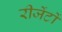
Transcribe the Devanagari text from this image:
रीजेंटों